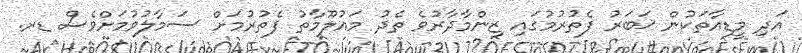
އަދި މީޑިއާތަކުން ޚަބަރު ފެތުރުމުގައި ޒިންމާދާރުވެ ތެދު މައުލޫމާތު ފެތުރުމަށް ސަމާލުވުމަށްވެސް ޑރ.